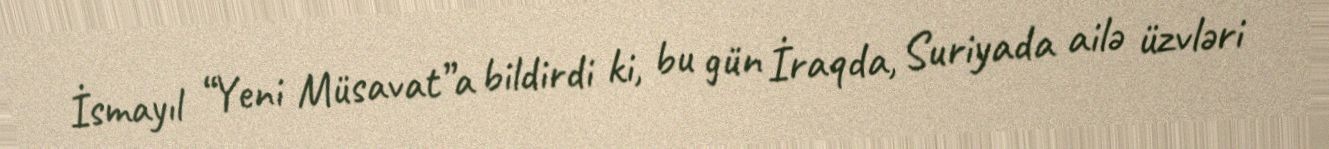
İsmayıl “Yeni Müsavat”a bildirdi ki, bu gün İraqda, Suriyada ailə üzvləri